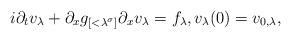
LaTeX: \begin{align*}i \partial_t v_\lambda + \partial_x g_{[<\lambda^\sigma]} \partial_x v_\lambda = f_\lambda, v_\lambda(0) = v_{0,\lambda},\end{align*}